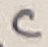
Text: C